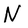
Character: N